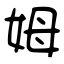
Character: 姆